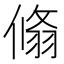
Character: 翛